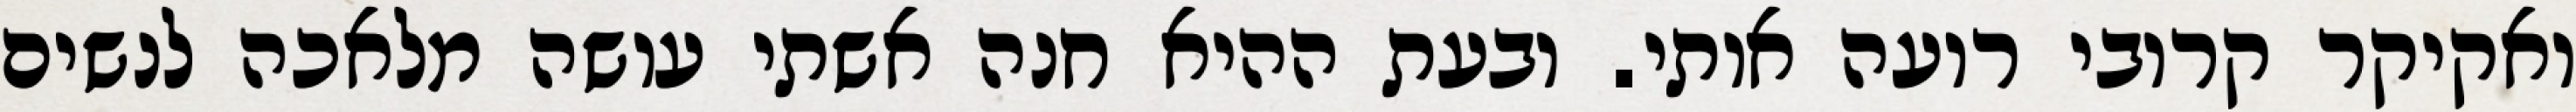
ואקיקר קרובי רועה אותי. ובעת ההיא חנה אשתי עושה מלאכה לנשים